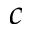
c